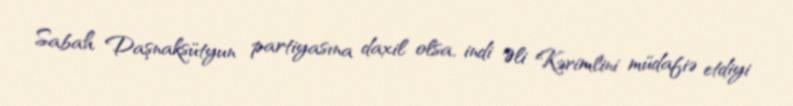
Sabah Daşnaksütyun partiyasına daxil olsa, indi Əli Kərimlini müdafiə etdiyi